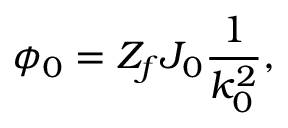
\phi _ { 0 } = Z _ { f } J _ { 0 } \frac { 1 } { k _ { 0 } ^ { 2 } } ,